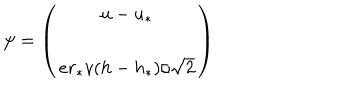
\psi = \left( \begin{matrix} { { u - u _ { * } } } \\ { { e r _ { * } v ( h - h _ { * } ) / \sqrt { 2 } } } \\ \end{matrix} \right)